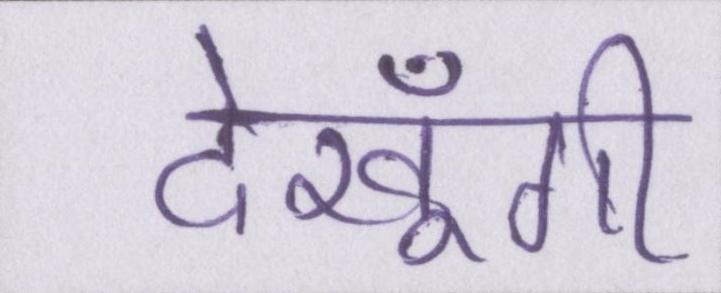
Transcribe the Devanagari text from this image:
देखूँगी